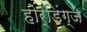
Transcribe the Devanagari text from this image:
होर्डिंग्ज